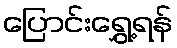
ပြောင်းရွှေ့ရန်